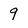
Character: 9